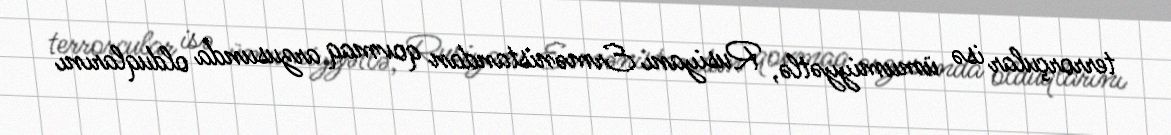
terrorçular isə ümumiyyətlə, Rusiyanı Ermənistandan qovmaq arzusunda olduqlarını